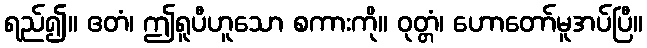
ရည်၍။ ဧတံ၊ ဤရူပီဟူသော စကားကို။ ဝုတ္တံ၊ ဟောတော်မူအပ်ပြီ။